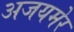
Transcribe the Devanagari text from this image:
अजयमेर